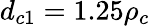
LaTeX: d_{c1}=1.25\rho_{c}